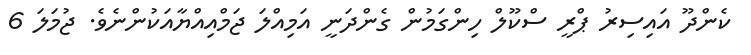
ކެންދޫ އައިސިރު ޕްރީ ސްކޫލް ހިންގަމުން ގެންދަނީ އަމިއްލަ ޖަމްއިއްޔާއަކުންނެވެ. ޖުމަލަ 6